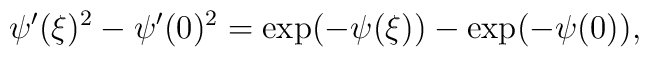
\psi'(\xi)^2-\psi'(0)^2=\exp(-\psi(\xi))-\exp(-\psi(0)),